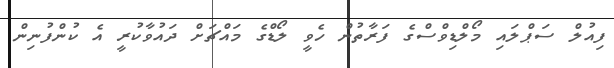
ފިއުލް ސަޕްލައި މޯލްޑިވްސްގެ ފަރާތުން ހެވީ ލޯޑްގެ މައްޗަށް ދައުވާކުރީ އެ ކުންފުނިން